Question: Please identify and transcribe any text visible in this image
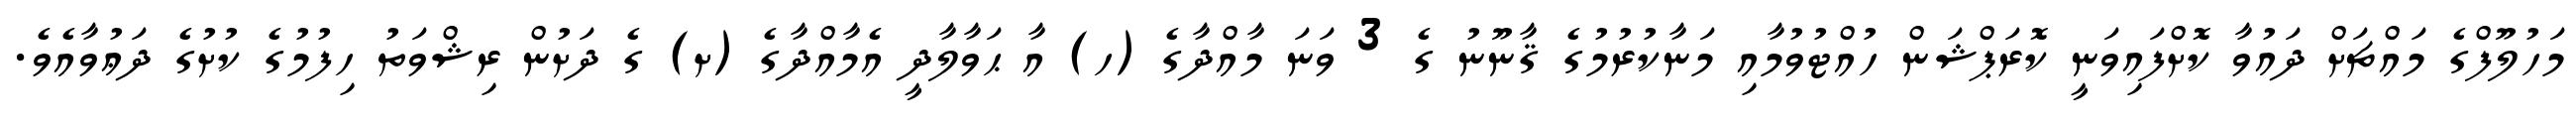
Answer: މަހުލޫފްގެ މައްޗަށް ދައުވާ ކޮށްފައިވަނީ ކޮރަޕްޝަން ހުއްޓުވުމާއި މަނާކުރުމުގެ ޤާނޫނު ގެ 3 ވަނަ މާއްދާގެ (ހ) އާ ޙަވާލާދީ އެމާއްދާގެ (ށ) ގެ ދަށުން ރިޝްވަތު ހިފުމުގެ ކުށުގެ ދަޢުވާއެވެ.